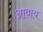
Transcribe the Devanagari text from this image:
आवाय